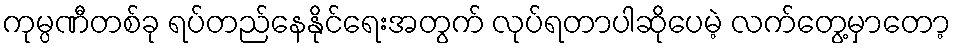
ကုမ္ပဏီတစ်ခု ရပ်တည်နေနိုင်ရေးအတွက် လုပ်ရတာပါဆိုပေမဲ့ လက်တွေ့မှာတော့